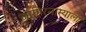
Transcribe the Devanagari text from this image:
जाहिरनाम्याला